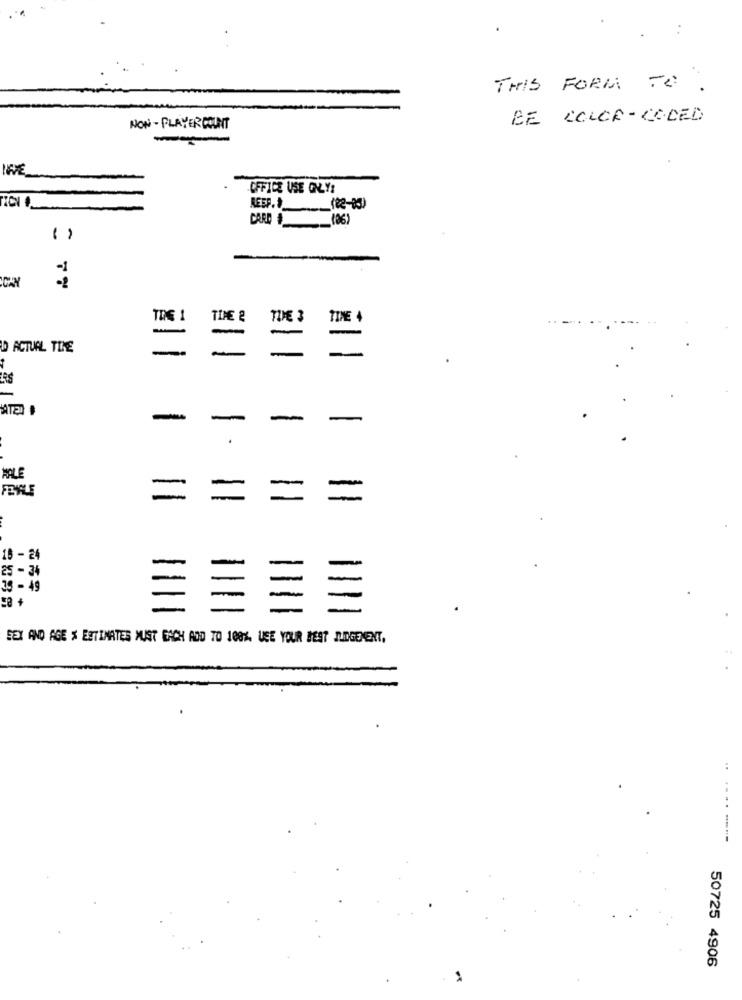
THIS FORM TO .
BE COLOR-CODED
NON - PLAYER COUNT
OFFICE USE ONLY:
(82-83)
CARD _(06)
CAN
THE 1
TIME 2
TUE 3
TINE 4
-
DO ACTUAL TIE
-
-
-
-
-
-
18 - 24
-
-
25 - 34
39 - 49
SEX AND AGE & ESTIMATES MUST EACH ADD TO 100%. UEE YOUR BEST JUDGEMENT,
50725 4906